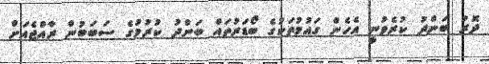
ދޮރު ބަންދު ކުރެވުނީ އެހެން ގައުމުތަކުގެ ބޯޑަރުތައް ބަންދު ކުރުމުގެ ސަބަބުން ރާއްޖެއަށް